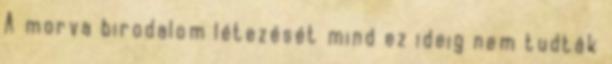
A morva birodalom létezését mind ez ideig nem tudták